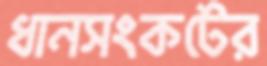
ধানসংকটের